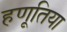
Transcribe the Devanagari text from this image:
हणूतिया